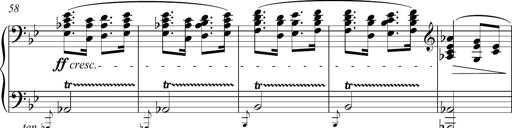
Title: Funeral March and Sonatina
Composer: Thomas Hellemans
Key: C-sharp minor